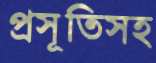
প্রসূতিসহ